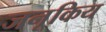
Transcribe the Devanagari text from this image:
जनूकिय